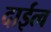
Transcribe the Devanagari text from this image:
दाईत्व